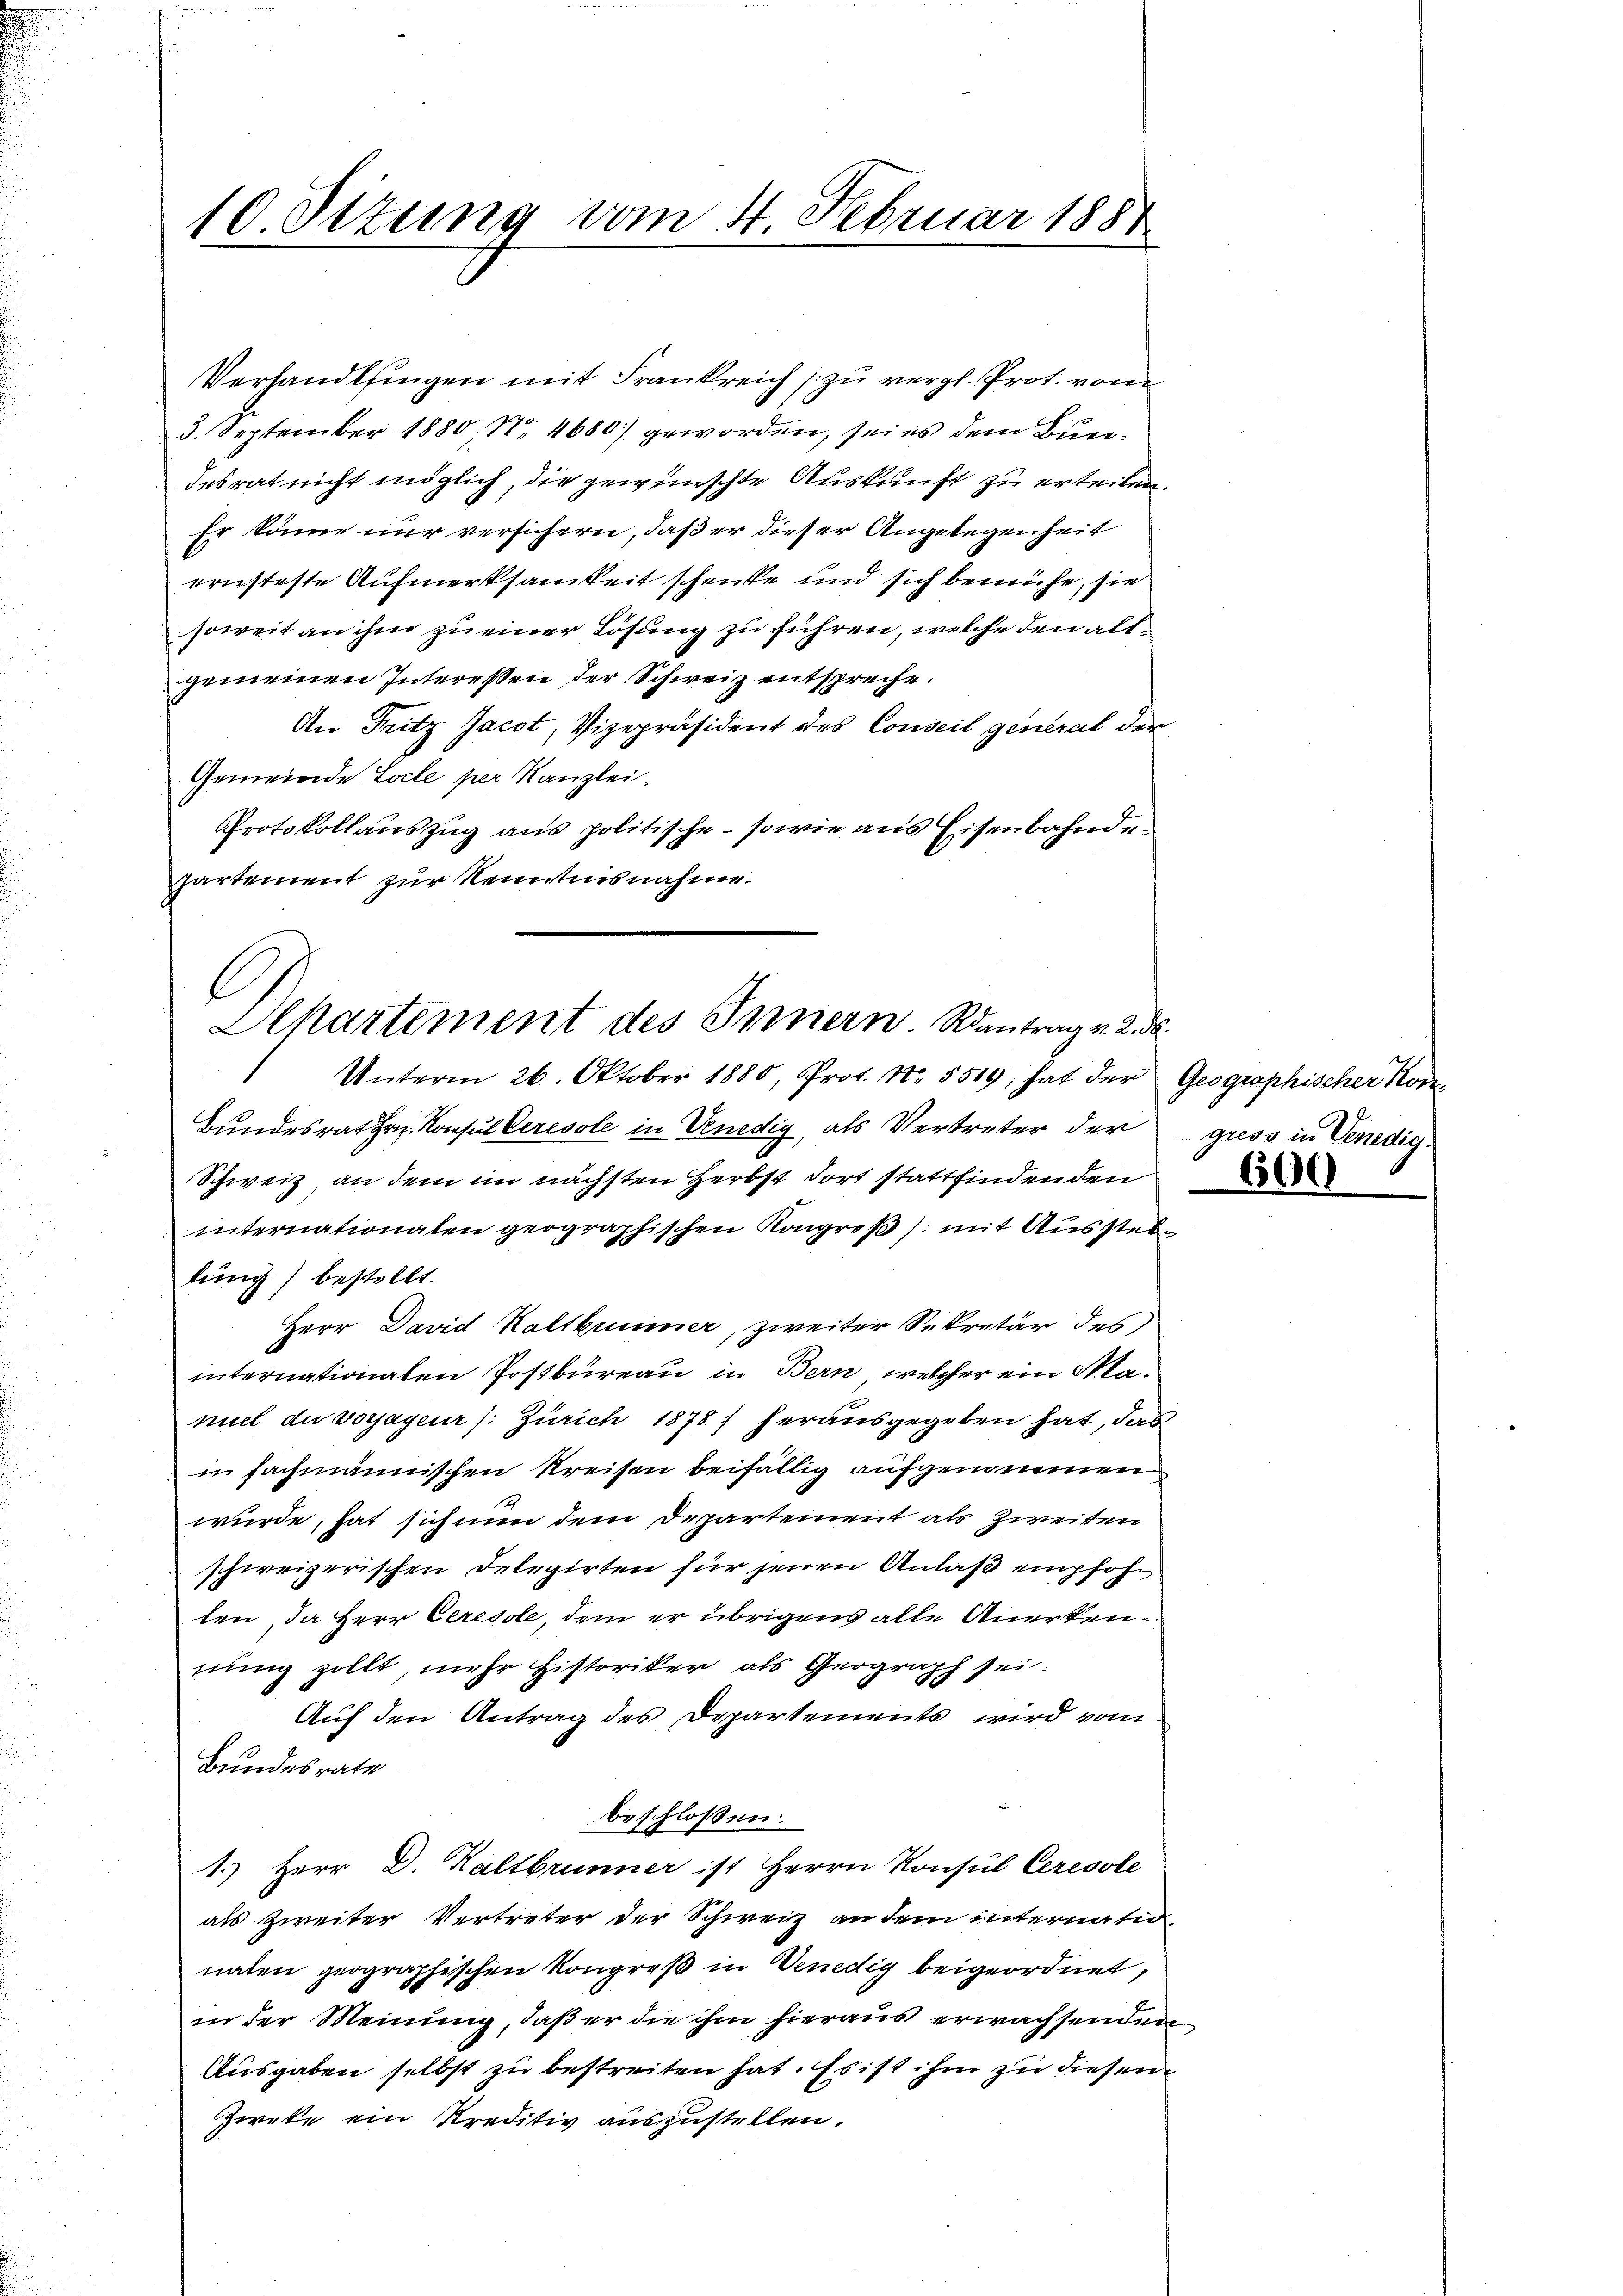
Bundesrat Hr. Konsul Ceresole in Venedig, als Vertreter der gress in Venedig
Schweiz, an dem im nächsten Herbst dort stattfindenden
internationalen geographischen Kongreß /: mit Ausstellung) bestellt.
Herr David Kaltbrunner, zweiter Sekretär des
internationalen Postbureau in Bern, welcher ein Mamuel du vorjageur /: Zürich 1878) herausgegeben hat, das
in fachmännischen Kreisen beifällig aufgenommen
würde, hat sich nun dem Departement als Zweiten
schweizerischen Delegirten für jenen Anlaß empfohl
len, da Herr Ceresole, dem er übrigens alle Anerkennung zollt, mehr historiker als Geograph sei.
Auf den Antrag des Departements wird vom
Bundesrate
beschlossen:
1.) Herr D. Kaltbrunner ist Herrn Konsul Ceresole
als Zweiter Vertreter der Schweiz an dem internatio
naten geographischen Kongreß in Venedig beigeordnet,
in der Meinung, daß er die ihm hieraus erwachsenden
Ausgaben selbst zu bestreiten hat. Es ist ihm zu diesem
Zieke ein Kreditiv auszustellen.

10. Situng vom 4. Februar 1881

Verhandlsingen mit Frankreich zu vergl. Prot. vom
3. September 1880 S. 4680) geworden, sei es dem Bundesrat nicht möglich, die gewünschte Auskunft zu erteilen.
Er könne nur versichern, daß er dieser Angelegenheit
ernsteste Aufmerksamkeit schenke und sich bemühe, sie
soweit an ihm zu einer Lösung zu führen, welche den altgemeinen Interessen der Schweiz entspreche.
An Fritz Jacot, Vizepräsident des Conseil generat der
Gemeinde Locle per Kanzlei.
Protokollauszug aus politische - sowie aus Eisenbahnde
partement zur Kenntnisnahme.

Alkartement des Innern. Rantrag v. 2. ds.
Unterm 26. Oktober 1880, Prot. No. 5509, hat der Geographischer Kom¬

6500